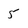
Character: 5